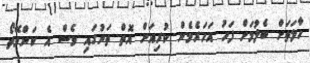
ހާލަތަށް ބެލުމަށް ފަހު އަހަރެމެން ކުރިއަށް އޮތް ތަނުގައި ވެސް އެ ކަންވޭތޯ